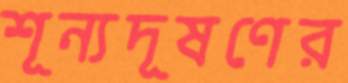
শূন্যদূষণের